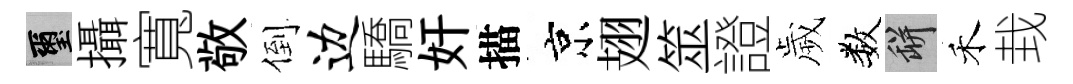
璽攝寬敬倒边驕奸描京翅筮證歲数瓶禾㘽